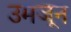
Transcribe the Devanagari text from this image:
उमजून